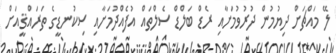
ލޭ މައްޗަށް ދިޔުމުން ދުރުވުމަށާއި ރެޑް ބަލްޑް ސެލްތައް އުފެއްދުމަށާއި ސިކުނޑީގެ ތަރައްޤީއަށް